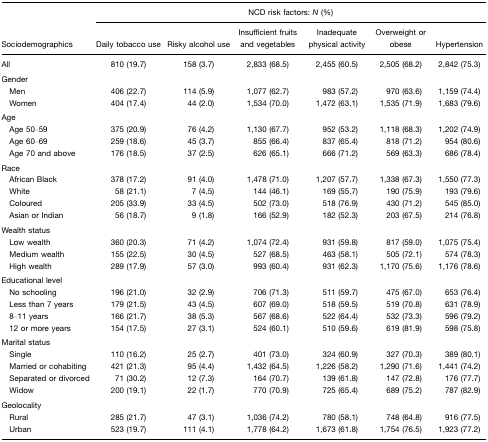
<table><thead><tr><td></td><td colspan="6"><b>NCD risk factors: <i>N</i> (%)</b></td></tr><tr><td><b>Sociodemographics</b></td><td><b>Daily tobacco use</b></td><td><b>Risky alcohol use</b></td><td><b>Insufficient fruits and vegetables</b></td><td><b>Inadequate physical activity</b></td><td><b>Overweight or obese</b></td><td><b>Hypertension</b></td></tr></thead><tbody><tr><td>All</td><td>810 (19.7)</td><td>158 (3.7)</td><td>2,833 (68.5)</td><td>2,455 (60.5)</td><td>2,505 (68.2)</td><td>2,842 (75.3)</td></tr><tr><td>Gender</td><td></td><td></td><td></td><td></td><td></td><td></td></tr><tr><td> Men</td><td>406 (22.7)</td><td>114 (5.9)</td><td>1,077 (62.7)</td><td>983 (57.2)</td><td>970 (63.6)</td><td>1,159 (74.4)</td></tr><tr><td> Women</td><td>404 (17.4)</td><td>44 (2.0)</td><td>1,534 (70.0)</td><td>1,472 (63.1)</td><td>1,535 (71.9)</td><td>1,683 (79.6)</td></tr><tr><td>Age</td><td></td><td></td><td></td><td></td><td></td><td></td></tr><tr><td> Age 50–59</td><td>375 (20.9)</td><td>76 (4.2)</td><td>1,130 (67.7)</td><td>952 (53.2)</td><td>1,118 (68.3)</td><td>1,202 (74.9)</td></tr><tr><td> Age 60–69</td><td>259 (18.6)</td><td>45 (3.7)</td><td>855 (66.4)</td><td>837 (65.4)</td><td>818 (71.2)</td><td>954 (80.6)</td></tr><tr><td> Age 70 and above</td><td>176 (18.5)</td><td>37 (2.5)</td><td>626 (65.1)</td><td>666 (71.2)</td><td>569 (63.3)</td><td>686 (78.4)</td></tr><tr><td>Race</td><td></td><td></td><td></td><td></td><td></td><td></td></tr><tr><td> African Black</td><td>378 (17.2)</td><td>91 (4.0)</td><td>1,478 (71.0)</td><td>1,207 (57.7)</td><td>1,338 (67.3)</td><td>1,550 (77.3)</td></tr><tr><td> White</td><td>58 (21.1)</td><td>7 (4.5)</td><td>144 (46.1)</td><td>169 (55.7)</td><td>190 (75.9)</td><td>193 (79.6)</td></tr><tr><td> Coloured</td><td>205 (33.9)</td><td>33 (4.5)</td><td>502 (73.0)</td><td>518 (76.9)</td><td>430 (71.2)</td><td>545 (85.0)</td></tr><tr><td> Asian or Indian</td><td>56 (18.7)</td><td>9 (1.8)</td><td>166 (52.9)</td><td>182 (52.3)</td><td>203 (67.5)</td><td>214 (76.8)</td></tr><tr><td>Wealth status</td><td></td><td></td><td></td><td></td><td></td><td></td></tr><tr><td> Low wealth</td><td>360 (20.3)</td><td>71 (4.2)</td><td>1,074 (72.4)</td><td>931 (59.8)</td><td>817 (59.0)</td><td>1,075 (75.4)</td></tr><tr><td> Medium wealth</td><td>155 (22.5)</td><td>30 (4.5)</td><td>527 (68.5)</td><td>463 (58.1)</td><td>505 (72.1)</td><td>574 (78.3)</td></tr><tr><td> High wealth</td><td>289 (17.9)</td><td>57 (3.0)</td><td>993 (60.4)</td><td>931 (62.3)</td><td>1,170 (75.6)</td><td>1,176 (78.6)</td></tr><tr><td>Educational level</td><td></td><td></td><td></td><td></td><td></td><td></td></tr><tr><td> No schooling</td><td>196 (21.0)</td><td>32 (2.9)</td><td>706 (71.3)</td><td>511 (59.7)</td><td>475 (67.0)</td><td>653 (76.4)</td></tr><tr><td> Less than 7 years</td><td>179 (21.5)</td><td>43 (4.5)</td><td>607 (69.0)</td><td>518 (59.5)</td><td>519 (70.8)</td><td>631 (78.9)</td></tr><tr><td> 8–11 years</td><td>166 (21.7)</td><td>38 (5.3)</td><td>567 (68.6)</td><td>522 (64.4)</td><td>532 (73.3)</td><td>596 (79.2)</td></tr><tr><td> 12 or more years</td><td>154 (17.5)</td><td>27 (3.1)</td><td>524 (60.1)</td><td>510 (59.6)</td><td>619 (81.9)</td><td>598 (75.8)</td></tr><tr><td>Marital status</td><td></td><td></td><td></td><td></td><td></td><td></td></tr><tr><td> Single</td><td>110 (16.2)</td><td>25 (2.7)</td><td>401 (73.0)</td><td>324 (60.9)</td><td>327 (70.3)</td><td>389 (80.1)</td></tr><tr><td> Married or cohabiting</td><td>421 (21.3)</td><td>95 (4.4)</td><td>1,432 (64.5)</td><td>1,226 (58.2)</td><td>1,290 (71.6)</td><td>1,441 (74.2)</td></tr><tr><td> Separated or divorced</td><td>71 (30.2)</td><td>12 (7.3)</td><td>164 (70.7)</td><td>139 (61.8)</td><td>147 (72.8)</td><td>176 (77.7)</td></tr><tr><td> Widow</td><td>200 (19.1)</td><td>22 (1.7)</td><td>770 (70.9)</td><td>725 (65.4)</td><td>689 (75.2)</td><td>787 (82.9)</td></tr><tr><td>Geolocality</td><td></td><td></td><td></td><td></td><td></td><td></td></tr><tr><td> Rural</td><td>285 (21.7)</td><td>47 (3.1)</td><td>1,036 (74.2)</td><td>780 (58.1)</td><td>748 (64.8)</td><td>916 (77.5)</td></tr><tr><td> Urban</td><td>523 (19.7)</td><td>111 (4.1)</td><td>1,778 (64.2)</td><td>1,673 (61.8)</td><td>1,754 (76.5)</td><td>1,923 (77.2)</td></tr></tbody></table>